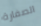
الصفارة